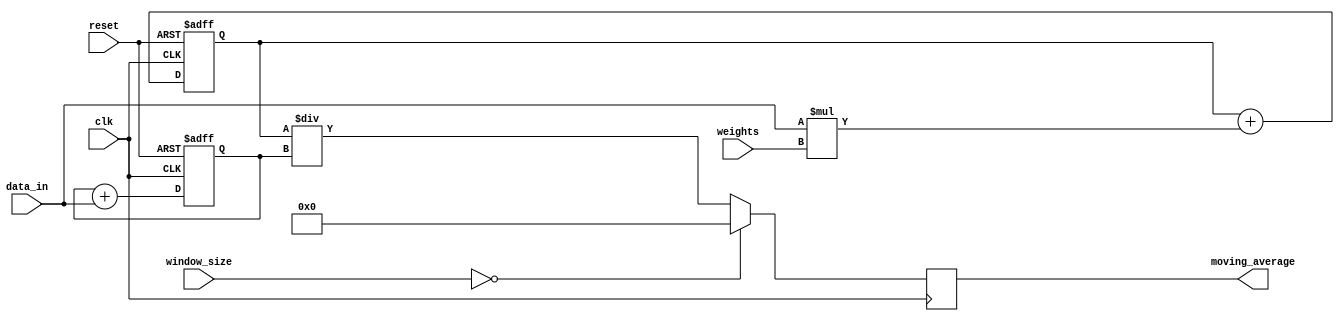
module weighted_moving_average(input clk, input reset, 
input [7:0] data_in, input [7:0] weights, input [3:0] window_size, 
output reg [7:0] moving_average);

reg [7:0] sum;
reg [7:0] weighted_sum;

always @(posedge clk or posedge reset) begin
    if (reset) begin
        sum <= 8'b0;
        weighted_sum <= 8'b0;
    end else begin
        sum <= sum + data_in;
        weighted_sum <= weighted_sum + (data_in * weights);
    end
end

always @(posedge clk) begin
    if (window_size == 4'b0000) begin
        moving_average <= 8'b0;
    end else begin
        moving_average <= weighted_sum / sum;
    end
end

endmodule